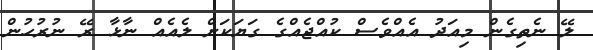
ލޭ ނެތިގެން މިއަދު އެއްވެސް ކުއްޖެއްގެ ގަޔަކަށް ލެއެއް ނާޅާ ރޭ ނުރުހުން